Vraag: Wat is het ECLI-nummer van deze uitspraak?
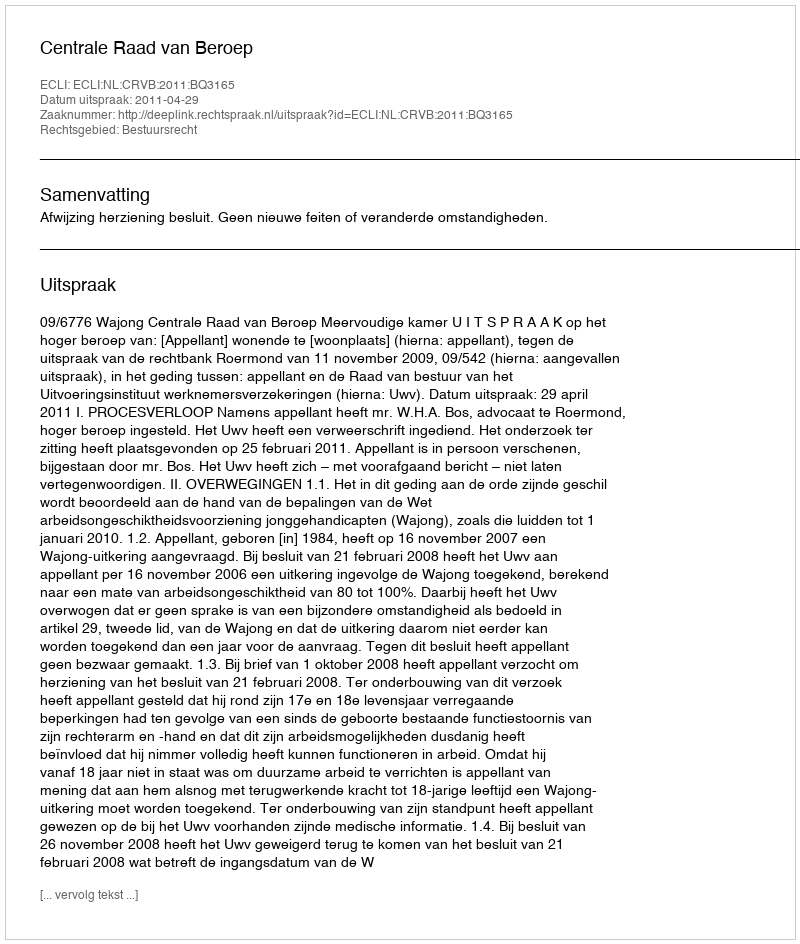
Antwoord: ECLI:NL:CRVB:2011:BQ3165